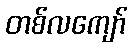
တစ်လကျော်